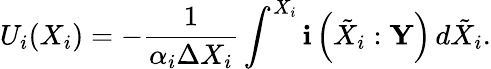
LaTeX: U_{i}(X_{i})=-\frac{1}{\alpha_{i}\Delta X_{i}}\int^{X_{i}}\mathbf{i}\left(\tilde{X}_{i}:\mathbf{Y}\right)\, d\tilde{X}_{i}.